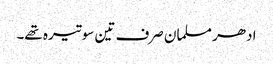
ادھر مسلمان صرف تین سو تیرہ تھے۔